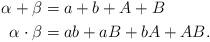
LaTeX: \begin{align*}\alpha+\beta & =a+b+A+B\\\alpha \cdot \beta & =ab+aB+bA+AB.\end{align*}